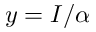
y = I / \alpha